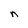
Character: n